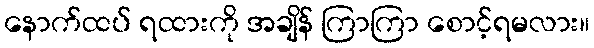
နောက်ထပ် ရထားကို အချိန် ကြာကြာ စောင့်ရမလား။